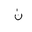
Letter: _non